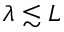
\lambda \lesssim L